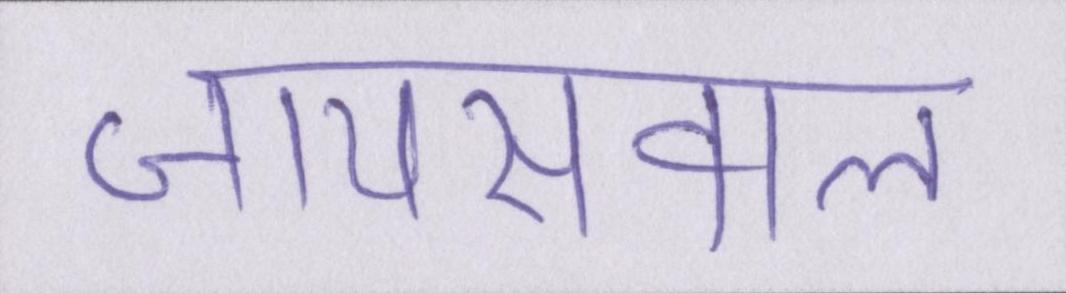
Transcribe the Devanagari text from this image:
जायसवाल